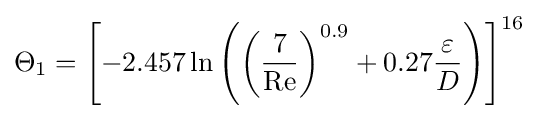
\Theta _{1}=\left[-2.457\ln \left(\left({\frac {7}{\mathrm {Re} }}\right)^{0.9}+0.27{\frac {\varepsilon }{D}}\right)\right]^{16}